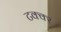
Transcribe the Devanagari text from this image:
टक्क्‍र